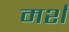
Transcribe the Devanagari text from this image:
मर्श